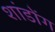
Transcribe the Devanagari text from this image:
शांडोंग